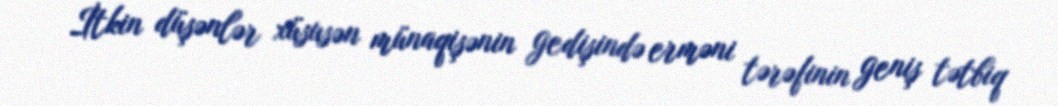
İtkin düşənlər xüsusən münaqişənin gedişində erməni tərəfinin geniş tətbiq